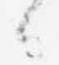
々